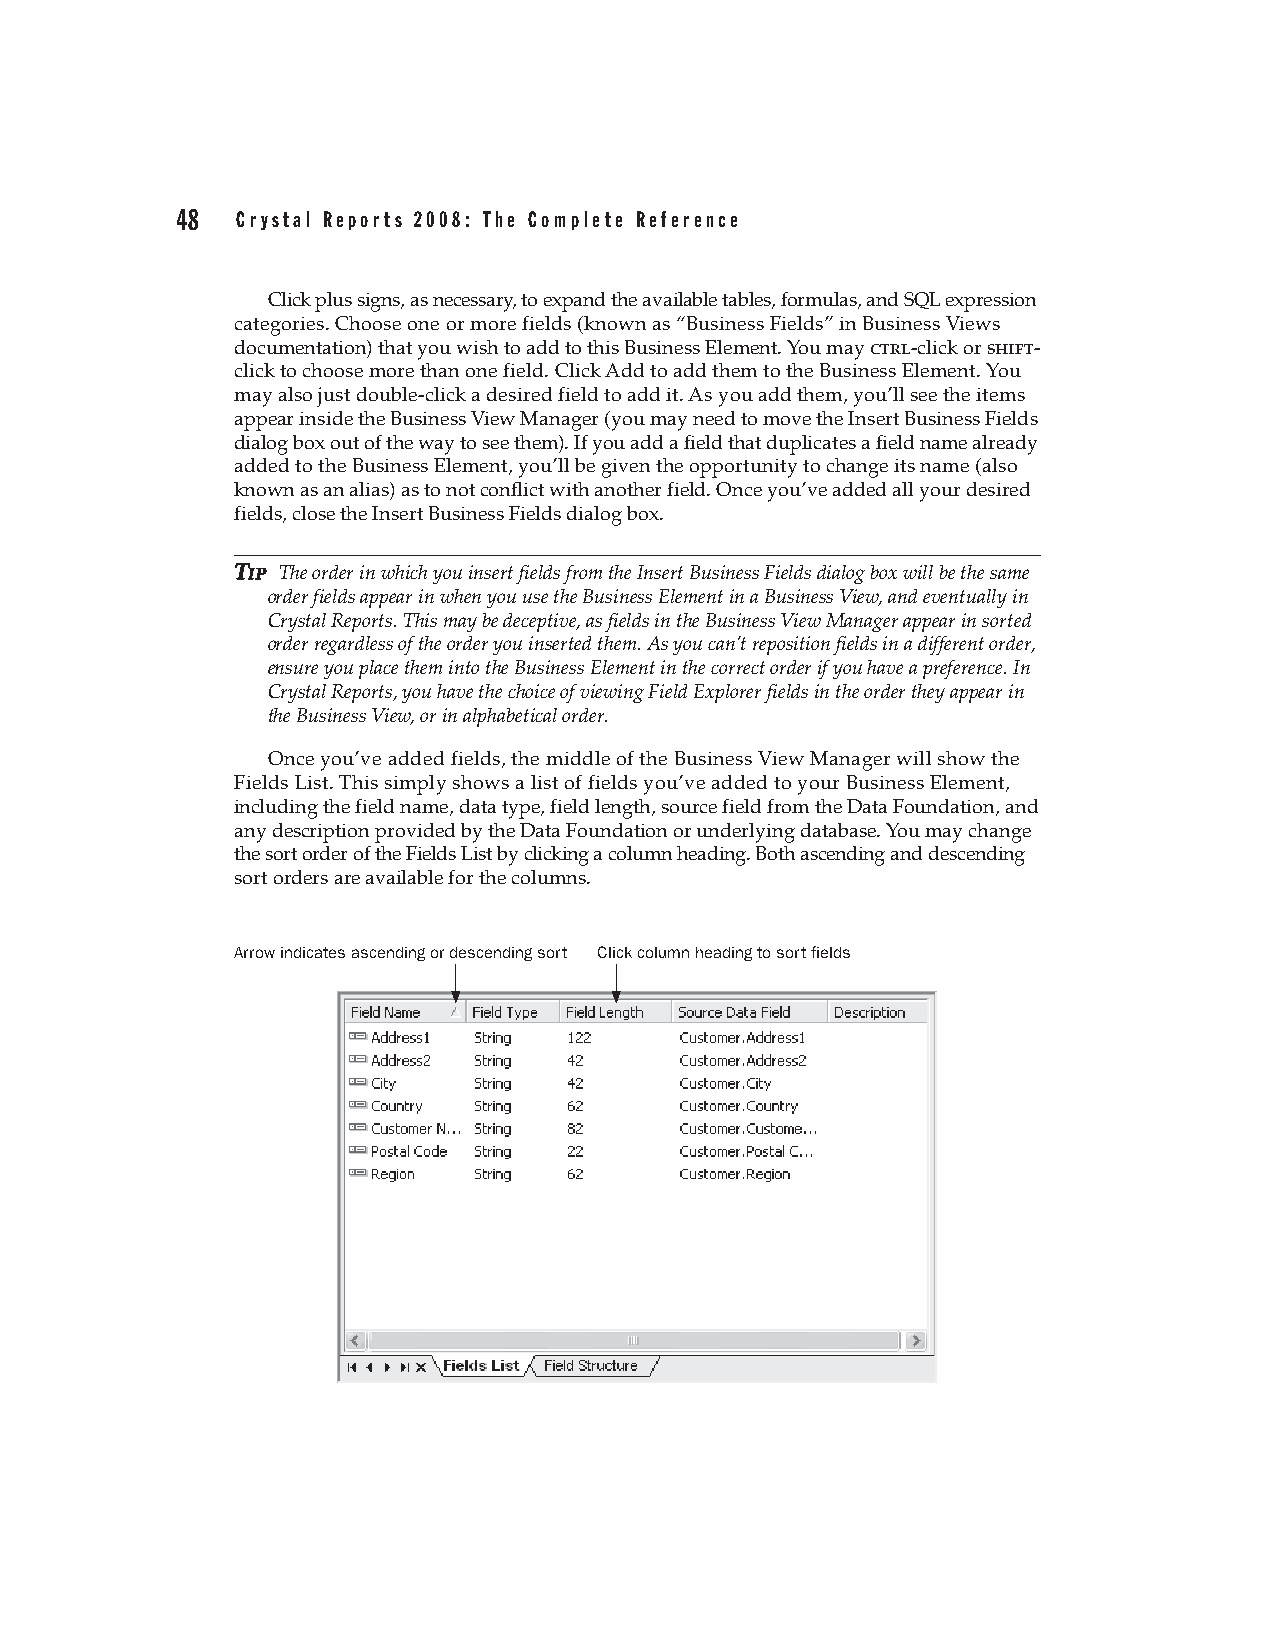
48  Crystal Reports 2008: The Complete Reference
 Click plus signs, as necessary, to expand the available tables, formulas, and SQL expression
 categories. Choose one or more fields (known as “Business Fields” in Business Views
 documentation) that you wish to add to this Business Element. You may ctrl-click or shift-
 click to choose more than one field. Click Add to add them to the Business Element. You
 may also just double-click a desired field to add it. As you add them, you’ll see the items
 appear inside the Business View Manager (you may need to move the Insert Business Fields
 dialog box out of the way to see them). If you add a field that duplicates a field name already
 added to the Business Element, you’ll be given the opportunity to change its name (also
 known as an alias) as to not conflict with another field. Once you’ve added all your desired
 fields, close the Insert Business Fields dialog box.
 TTIIPP The order in which you insert fields from the Insert Business Fields dialog box will be the same
 order fields appear in when you use the Business Element in a Business View, and eventually in
 Crystal Reports. This may be deceptive, as fields in the Business View Manager appear in sorted
 order regardless of the order you inserted them. As you can’t reposition fields in a different order,
 ensure you place them into the Business Element in the correct order if you have a preference. In
 Crystal Reports, you have the choice of viewing Field Explorer fields in the order they appear in
 the Business View, or in alphabetical order.
 Once you’ve added fields, the middle of the Business View Manager will show the
 Fields List. This simply shows a list of fields you’ve added to your Business Element,
 including the field name, data type, field length, source field from the Data Foundation, and
 any description provided by the Data Foundation or underlying database. You may change
 the sort order of the Fields List by clicking a column heading. Both ascending and descending
 sort orders are available for the columns.
 Arrow indicates ascending or descending sort Click column heading to sort fields